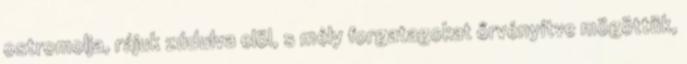
ostromolja, rájuk zúdulva elöl, s mély forgatagokat őrvényítve mögöttük,